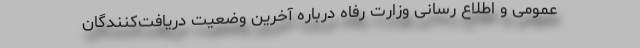
عمومی و اطلاع رسانی وزارت رفاه درباره آخرین وضعیت دریافت‌کنندگان